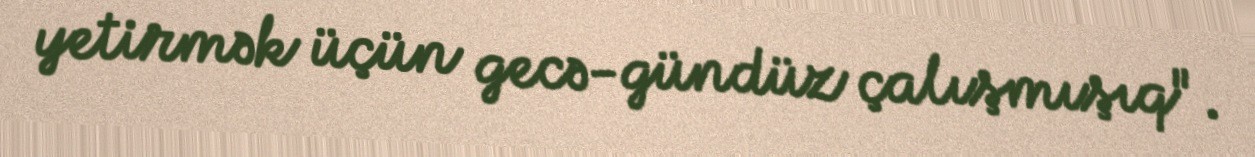
yetirmək üçün gecə-gündüz çalışmışıq".